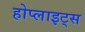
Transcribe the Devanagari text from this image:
होप्लाइट्स